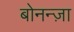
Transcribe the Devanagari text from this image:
बोनन्ज़ा